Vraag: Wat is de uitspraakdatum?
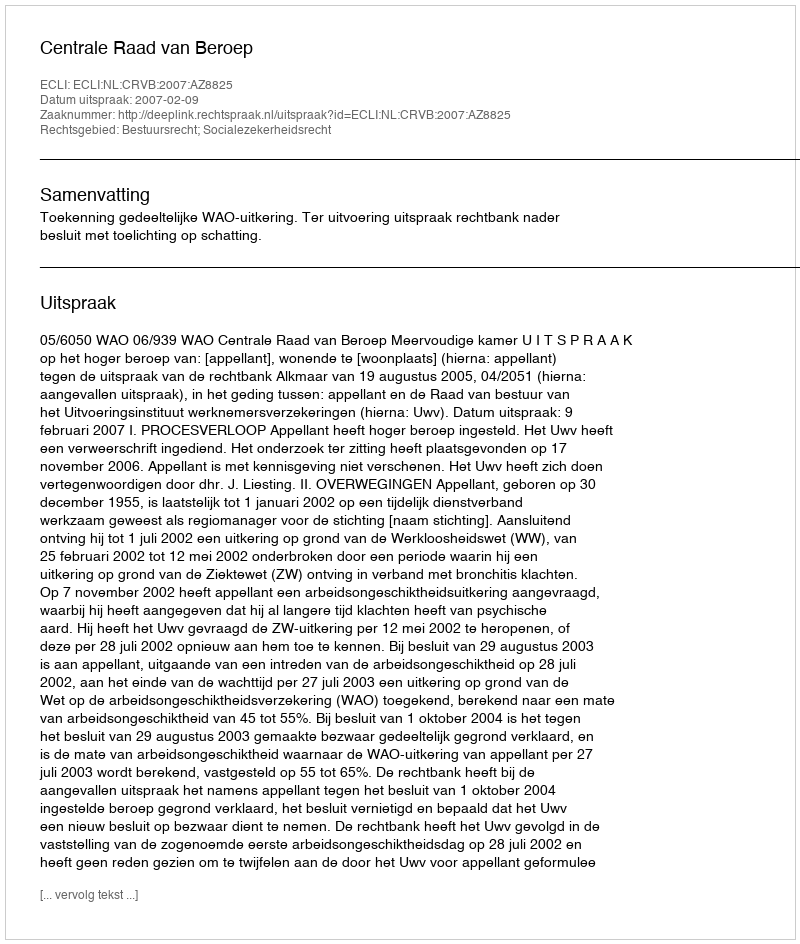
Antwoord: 2007-02-09